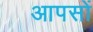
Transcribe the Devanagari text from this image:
आपसों